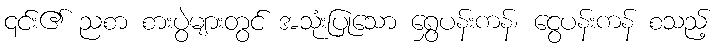
၎င်း၏ ညစာ စားပွဲများတွင် အသုံးပြုသော ရွှေပန်းကန်၊ ငွေပန်းကန် စသည့်